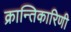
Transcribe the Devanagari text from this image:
क्रान्तिकारिणी